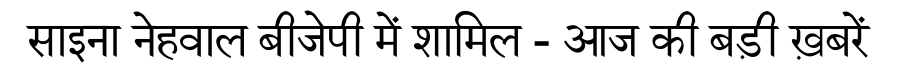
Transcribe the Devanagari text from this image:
साइना नेहवाल बीजेपी में शामिल - आज की बड़ी ख़बरें